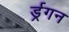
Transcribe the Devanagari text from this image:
र्ड्रगन